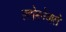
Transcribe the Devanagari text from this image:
लपेटनेवाले